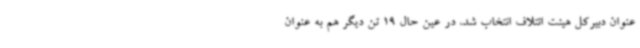
عنوان دبیرکل هیئت ائتلاف انتخاب شد، در عین حال 19 تن دیگر هم به عنوان